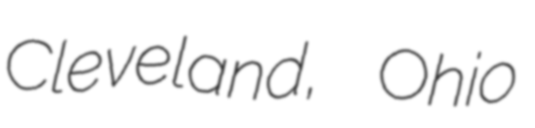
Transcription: Cleveland, Ohio